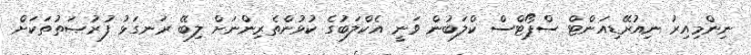
ނިންމިއިރު ނިއުރޭޑިއަންޓް ސްޕޯޓްސް ކްލަބުން ވަނީ އެކްލަބުގެ ކުޅުންތެރިންނަށް ލިބޭ ރަނގަޅު ފުރުޞަތުތަކަށް